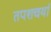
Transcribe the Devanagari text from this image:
तपशचर्या